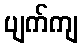
ပျက်ကျ